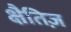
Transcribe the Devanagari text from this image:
क्षैतिज़